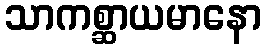
သာကစ္ဆာယမာနော